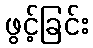
ဖွင့်ခြင်း